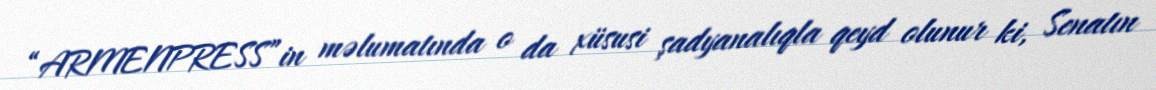
“ARMENPRESS”in məlumatında o da xüsusi şadyanalıqla qeyd olunur ki, Senatın